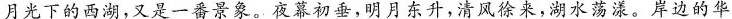
月光下的西湖，又是一番景象。夜幕初垂，明月东升，清风徐来，湖水荡漾。岸边的华